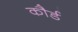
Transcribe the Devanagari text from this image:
कौर्ड